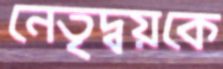
নেতৃদ্বয়কে